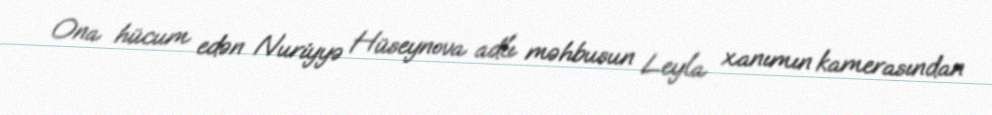
Ona hücum edən Nuriyyə Hüseynova adlı məhbusun Leyla xanımın kamerasından